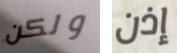
ولكن إذن